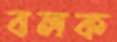
বলক